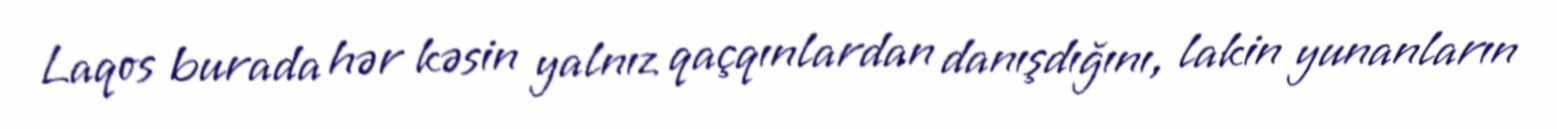
Laqos burada hər kəsin yalnız qaçqınlardan danışdığını, lakin yunanların